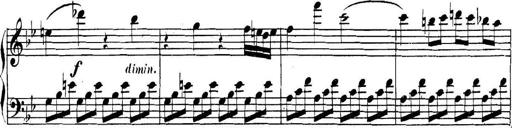
Title: Collected Piano Sonatas
Composer: Muzio Clementi